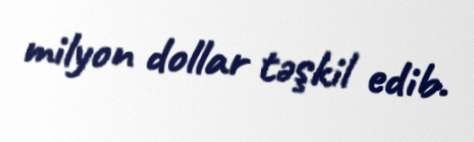
milyon dollar təşkil edib.